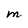
Character: M